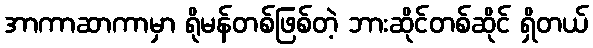
အာကာဆာကာမှာ ရိုမန်တစ်ဖြစ်တဲ့ ဘားဆိုင်တစ်ဆိုင် ရှိတယ်